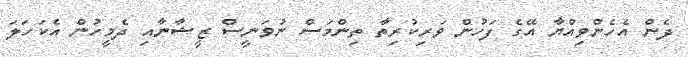
ދެން އެހެންވިއްޔާ އޭގެ ފަހުން ވަރިކުރިތާ ތިންމަސް ނުވަނީސް ޒީޝާނާާއި ދެމީހުން އެކަހަލަ